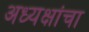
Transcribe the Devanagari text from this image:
अध्यक्षांचा